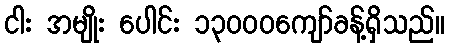
ငါး အမျိုး ပေါင်း ၁၃၀၀၀ကျော်ခန့်ရှိသည်။